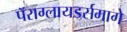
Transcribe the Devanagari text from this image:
पॅराग्लायडर्समागे